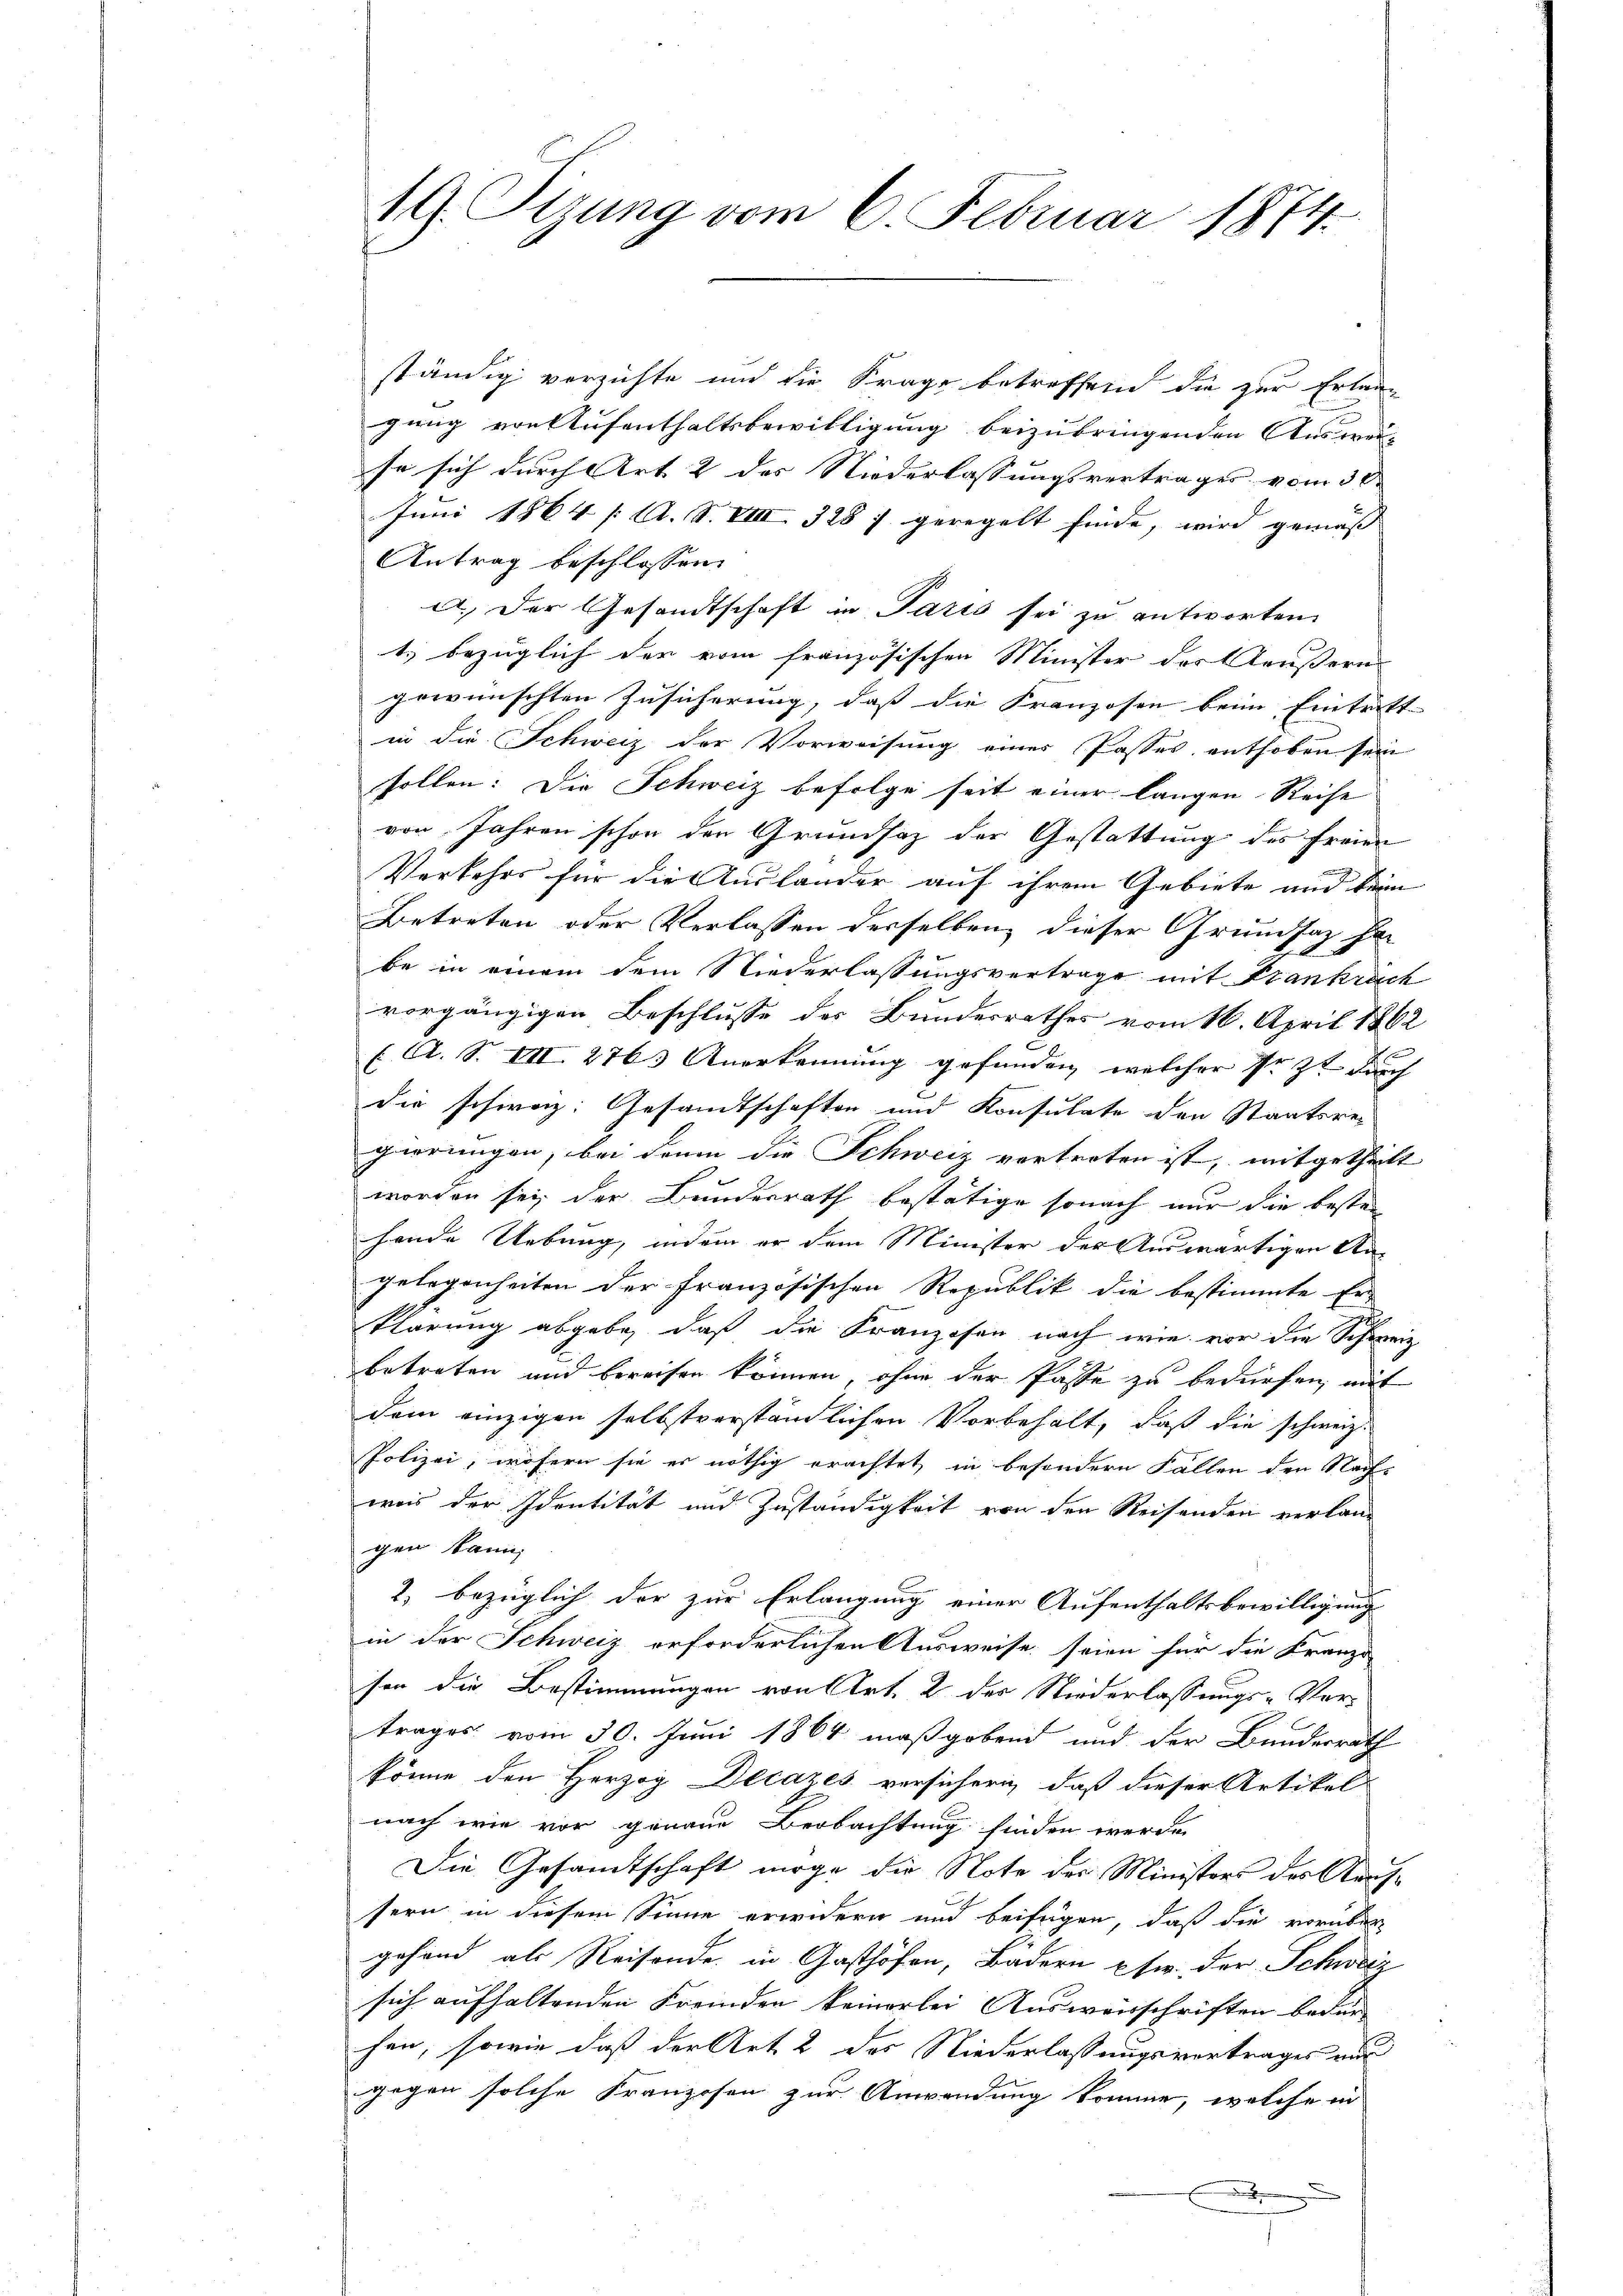
19. Sizung vom 6. Februar 1874.

ständig verzichte und die Frage betreffend die zur Erlaugung von Aufenthaltsbewilligung beizubringenden Auswei-
se sich durch Art. 2 des Niederlassungsvertrages vom 30.
Juni 1864 /: A. S. VIII 328 f. geregelt finde, wird gemäß
Antrag beschlossen:
a.) Der Gesandtschaft in Paris sei zu antworten.
t.) bezüglich der vom französischen Minister des Aeußern
gewünschten Zusicherung, daß die Franzosen beim Eintritt
in die Schweiz der Vorweisung einer Passes enthoben sein
sollen: Die Schweiz befolge seit einer langen Reise
von Jahren schon den Grundsaz der Gestattung des Freien
J
Verkehrs für die Auslander auf ihrem Gebiete und kein
Betreten oder Verlassen derselben dieser Grundsatz ha
be in einem dem Niederlassungsvertrage mit Frankrech
vorgängigen Beschlusse des Bundesrathes vom 16. April 1862
(. A. S. VII 2763 Anerkennung gefunden, welcher Arzt durch
die schwaz: Gesandtschaften und Konsulate den Staatsrec
gierungen, bei denn die Schweiz vertreten ist, mitgetheilt
worden sey der Bundesrath bestätige sonach nur die besten
hende Uebung, indem er dem Minister der Auswärtigen Nagelegenheiten der französischen Republik die bestimmte Er-
klärung abgebe, daß die Franzosen nach wie vor die Schweiz
betreten und bereisen können, ohne der Pässe zu bedürfen, mit
dem einzigen selbstverständlichen Vorbehalt, daß die schweiz.
Polizei, wofern sie es nöthig erachtet in besondern Fällen den Nachweis der Identität und Zuständigkeit von den Reisenden verlangen kann,
2) bezüglich der zur Erlangung einer Aufenthaltsbewilligung
in der Schweiz erforderlichen Ausweise seien für die Kranzi
sen die Bestimmungen von Art. 2 des Niederlassungs-Ver-
trages vom 30. Juni 1864 maßgebend und der Bundesrath
könne den Herzog Decazes versichern, daß dieser Artikel
nach wie vor genaue Beobachtung finden werde
Die Gesandtschaft nirge die Note der Ministers des Aris-
sern in diesem Sinne erwidern und beifügen, daß die vorüber
gehand als Reisende in Gasthöfen, Bädern usw. der Schweiz
sich aufhaltenden Freiden keinerlei Ausweisschriften bedür
hen, sowie daß der Art. 2 des Niederlassungsvortrages aus
gegen solche Franzosen zur Anwendung komme, welche in
.